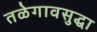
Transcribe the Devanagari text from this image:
तळेगावसुद्धा